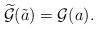
LaTeX: \begin{align*}\widetilde {\cal G} (\tilde a)={\cal G}(a).\end{align*}